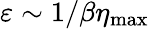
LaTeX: \varepsilon\sim 1/\beta\eta_{\mathrm{max}}